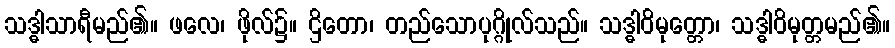
သဒ္ဓါသာရီမည်၏။ ဖလေ၊ ဖိုလ်၌။ ဌိတော၊ တည်သောပုဂ္ဂိုလ်သည်။ သဒ္ဓါဝိမုတ္တော၊ သဒ္ဓါဝိမုတ္တမည်၏။